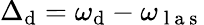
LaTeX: \Delta_{\mathrm{d}}=\omega_{\mathrm{d}}-\omega_{\mathrm{{~l~a~s~}}}